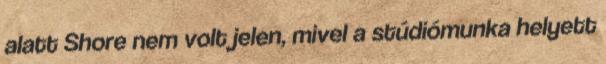
alatt Shore nem volt jelen, mivel a stúdiómunka helyett